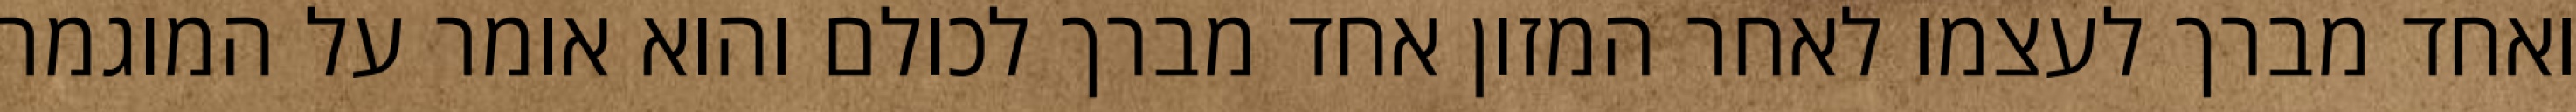
ואחד מברך לעצמו לאחר המזון אחד מברך לכולם והוא אומר על המוגמר